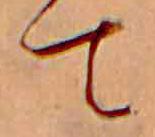
て